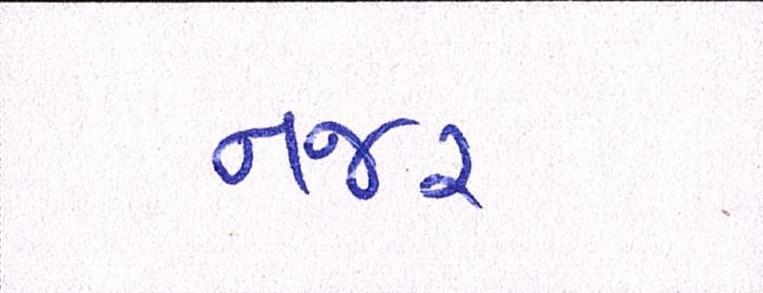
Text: નજર